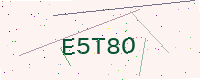
Text: E5T8O